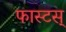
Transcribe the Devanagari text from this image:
फास्टस्